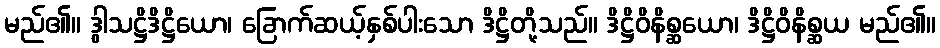
မည်၏။ ဒွါသဋ္ဌိဒိဋ္ဌိယော၊ ခြောက်ဆယ့်နှစ်ပါးသော ဒိဋ္ဌိတို့သည်။ ဒိဋ္ဌိဝိနိစ္ဆယော၊ ဒိဋ္ဌိဝိနိစ္ဆယ မည်၏။